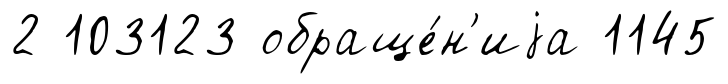
2 103123 обраще́н'иjа 1145